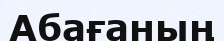
Абағаның